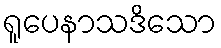
ရူပေနာသဒိသော